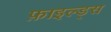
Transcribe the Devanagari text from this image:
फ़ाइल्ड्स